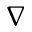
\nabla